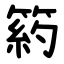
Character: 箹